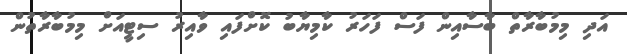
އަދި މިމުބާރާތް ބާސާއިން ފަސް ފަހަރު ކާމިޔާބު ކޮށްފައި ވާއިރު ސިޓީއަށް މިމުބާރާތުން